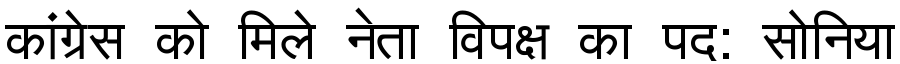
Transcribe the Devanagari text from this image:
कांग्रेस को मिले नेता विपक्ष का पद: सोनिया